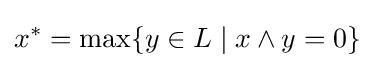
x^{*}=\max\{y\in L\mid x\wedge y=0\}